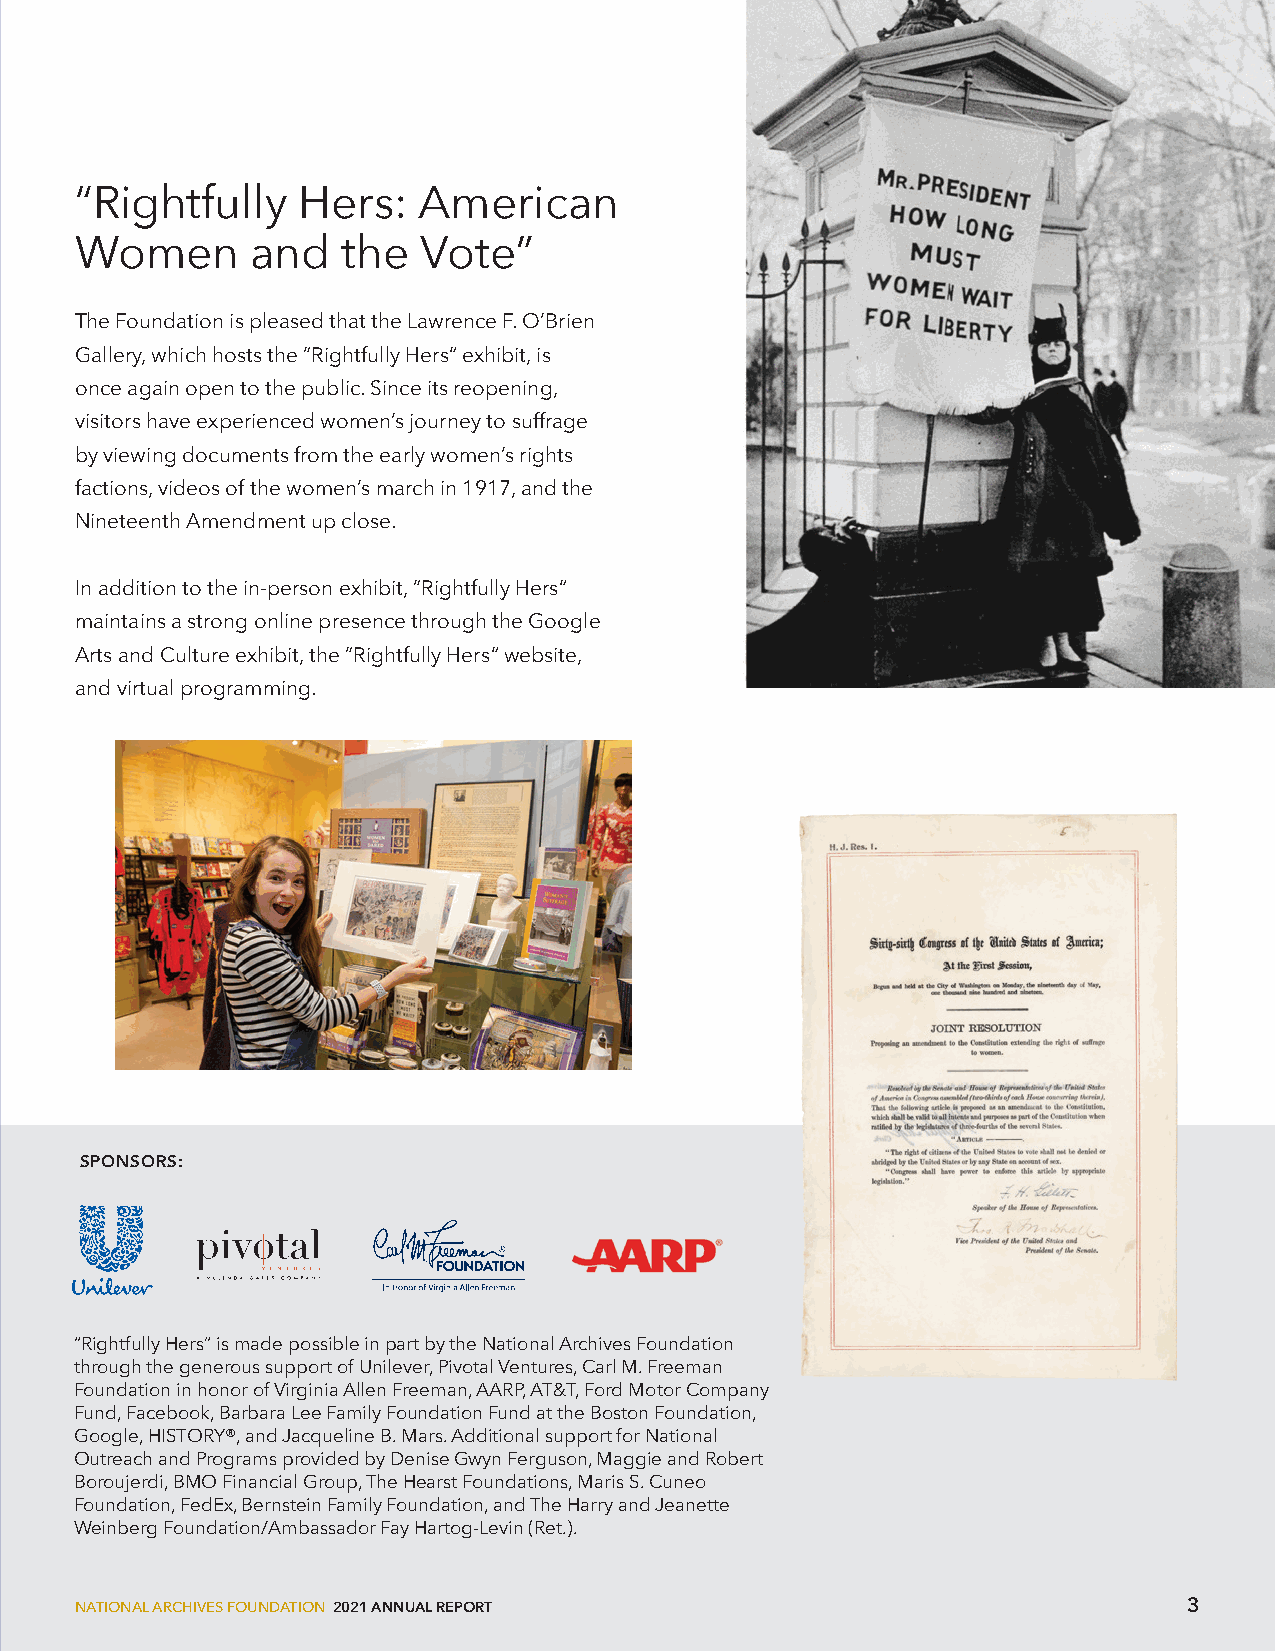
“Rightfully    Hers:   American
 Women       and   the  Vote”
 The Foundation is pleased that the Lawrence F. O’Brien
 Gallery, which hosts the ”Rightfully Hers“ exhibit, is
 once again open to the public. Since its reopening,
 visitors have experienced women’s journey to suffrage
 by viewing documents from the early women’s rights
 factions, videos of the women’s march in 1917, and the
 Nineteenth Amendment up close.
 In addition to the in-person exhibit, ”Rightfully Hers“
 maintains a strong online presence through the Google
 Arts and Culture exhibit, the ”Rightfully Hers“ website,
 and virtual programming.
 SPONSORS:
 “Rightfully Hers” is made possible in part by the National Archives Foundation
 through the generous support of Unilever, Pivotal Ventures, Carl M. Freeman
 Foundation in honor of Virginia Allen Freeman, AARP, AT&T, Ford Motor Company
 Fund, Facebook, Barbara Lee Family Foundation Fund at the Boston Foundation,
 Google, HISTORY®, and Jacqueline B. Mars. Additional support for National
 Outreach and Programs provided by Denise Gwyn Ferguson, Maggie and Robert
 Boroujerdi, BMO Financial Group, The Hearst Foundations, Maris S. Cuneo
 Foundation, FedEx, Bernstein Family Foundation, and The Harry and Jeanette
 Weinberg Foundation/Ambassador Fay Hartog-Levin (Ret.).
 NATIONAL ARCHIVES FOUNDATION 2021 ANNUAL REPORT                           3